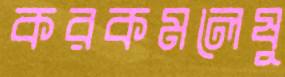
করকমলেষু